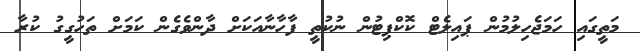
މަތީގައި ހަމަޖެހިލުމުން ޕައިލެޓް ކޮކްޕިޓުން ނުކުތީ ފާހާނާއަކަށް ދާންވެގެން ކަމަށް ތަހުގީގު ކުރާ